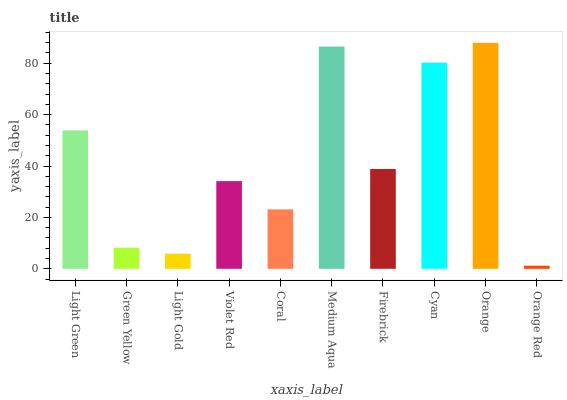
| xaxis_label | bars |
 | --- | --- |
 | Light Green | 53.9 |
 | Green Yellow | 8.23 |
 | Light Gold | 5.89 |
 | Violet Red | 34.1 |
 | Coral | 23.1 |
 | Medium Aqua | 86.5 |
 | Firebrick | 38.9 |
 | Cyan | 80.2 |
 | Orange | 88 |
 | Orange Red | 1.2 |